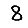
Digit: 8